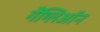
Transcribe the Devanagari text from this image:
गैंग्लिऑन